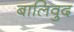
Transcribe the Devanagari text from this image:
बालिवुद